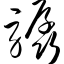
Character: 骣